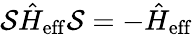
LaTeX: {\cal S}\hat{H}_{\mathrm{eff}}{\cal S}=-\hat{H}_{\mathrm{eff}}